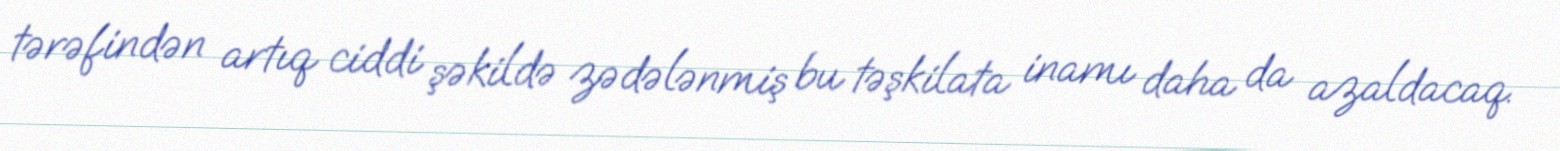
tərəfindən artıq ciddi şəkildə zədələnmiş bu təşkilata inamı daha da azaldacaq.